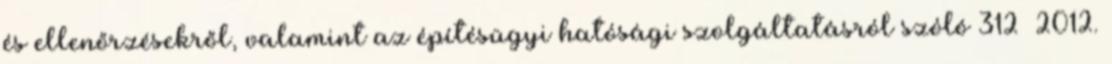
és ellenőrzésekről, valamint az építésügyi hatósági szolgáltatásról szóló 312 2012.